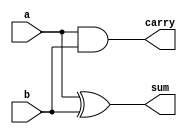
/*
Author: Sajeed Mohammad Shahriat
Affiliation: Rochester Institute of Technology
All rights reserved
This files can be reused and modified given that this copyright notice is not removed
*/

module half_adder (
	a,	//input a
	b,	//input b
	sum,	// sum output 
	carry	//carry output
); //end of port list

//------------------------input ports--------------------------------

input a;
input b;

//------------------------output ports-------------------------------

output sum;
output carry;

//--------------------input port data types--------------------------

wire a;
wire b;

//-------------------output port data types--------------------------

reg sum;
reg carry;

//--------------------------RTL design-------------------------------

always @ (a or b)
	begin :HALF_ADDER
		sum <= a^b;
		carry <= a&b;
	end

endmodule // 1 bit half adder